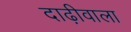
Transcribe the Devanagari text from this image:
दाढ़ीवाला